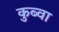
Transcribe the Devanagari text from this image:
कुब्वा